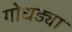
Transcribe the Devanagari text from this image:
गोधड्या